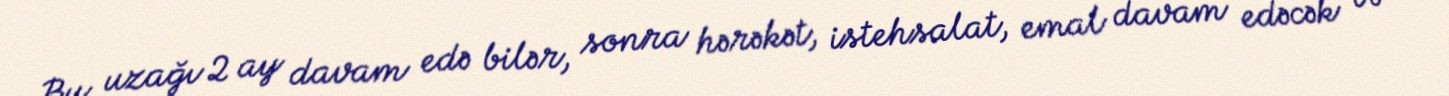
Bu, uzağı 2 ay davam edə bilər, sonra hərəkət, istehsalat, emal davam edəcək və